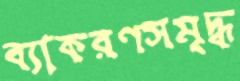
ব্যাকরণসমৃদ্ধ